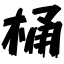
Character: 桶